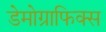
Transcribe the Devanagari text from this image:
डेमोग्राफिक्स